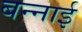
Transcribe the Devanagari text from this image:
बन्नाई